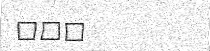
١١٦